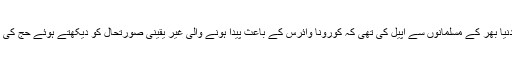
یاد رہے کہ سعودی عرب نے رواں ہفتے دنیا بھر کے مسلمانوں سے اپیل کی تھی کہ کورونا وائرس کے باعث پیدا ہونے والی غیر یقینی صورتحال کو دیکھتے ہوئے حج کی تیاریوں کو عارضی طور پر مؤخر کردیں۔